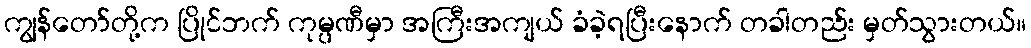
ကျွန်တော်တို့က ပြိုင်ဘက် ကုမ္ပဏီမှာ အကြီးအကျယ် ခံခဲ့ရပြီးနောက် တခါတည်း မှတ်သွားတယ်။